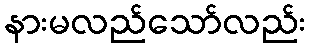
နားမလည်သော်လည်း